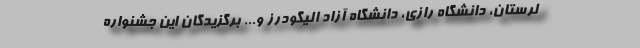
لرستان، دانشگاه رازی، دانشگاه آزاد الیگودرز و... برگزیدگان این جشنواره